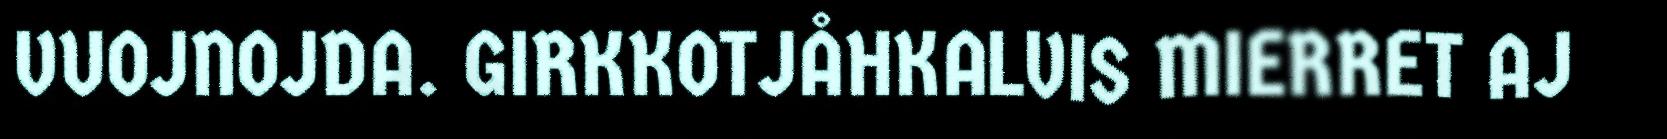
VUOJNOJDA. GIRKKOTJÅHKALVIS MIERRET AJ